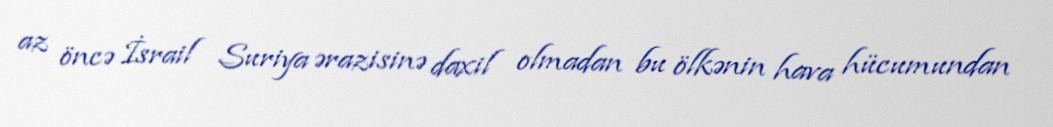
az öncə İsrail Suriya ərazisinə daxil olmadan bu ölkənin hava hücumundan